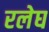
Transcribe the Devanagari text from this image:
रलेघ